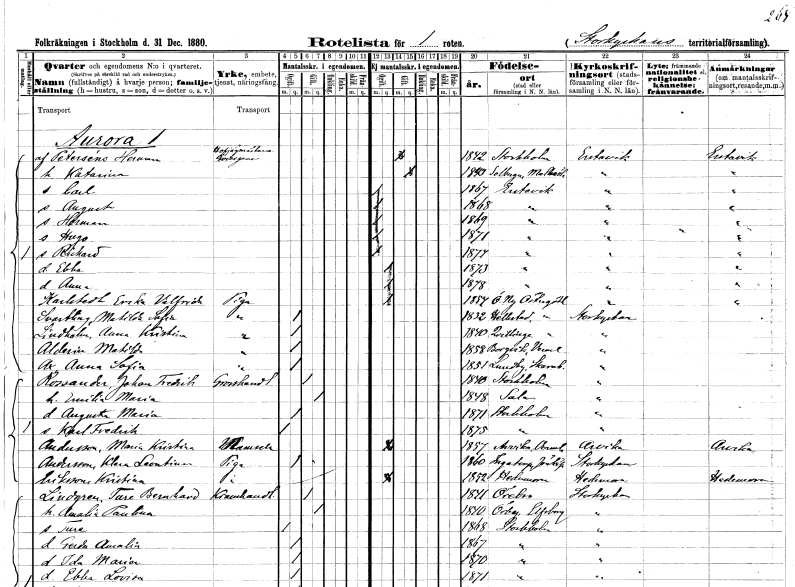
gt_parse: households: individuals: FN: Herman
EN: af Peterséns
YRKE: Hovjägmästare Godsägare
KON: M
CIV: G
FODAR: 1842
FODFORS: Stockholm
FN: Katarina
KON: K
CIV: G
FODAR: 1840
FODFORS: Solberga Malmöhus län
FN: Carl
KON: M
CIV: O
FODAR: 1867
FODFORS: Erstavik Stockholms län
FN: August
KON: M
CIV: O
FODAR: 1868
FODFORS: Erstavik Stockholms län
FN: Herman
KON: M
CIV: O
FODAR: 1869
FODFORS: Erstavik Stockholms län
FN: Hugo
KON: M
CIV: O
FODAR: 1871
FODFORS: Erstavik Stockholms län
FN: Rickard
KON: M
CIV: O
FODAR: 1877
FODFORS: Erstavik Stockholms län
FN: Ebba
KON: K
CIV: O
FODAR: 1873
FODFORS: Erstavik Stockholms län
FN: Anna
KON: K
CIV: O
FODAR: 1878
FODFORS: Erstavik Stockholms län
FN: Erika Valfrida
EN: Karlstedt
YRKE: Piga
KON: K
CIV: O
FODAR: 1854
FODFORS: Östra Ny Östergötlands län
FN: Matilda Sofia
EN: Svartling
YRKE: Piga
KON: K
CIV: O
FODAR: 1832
FODFORS: Hällestad Östergötlands län
FN: Anna Kristina
EN: Lindholm
YRKE: Piga
KON: K
CIV: O
FODAR: 1840
FODFORS: Kvillinge Östergötlands län
FN: Matilda
EN: Alderin
YRKE: Piga
KON: K
CIV: O
FODAR: 1858
FODFORS: Borgvik Värmlands län
FN: Anna Sofia
EN: Ax
YRKE: Piga
KON: K
CIV: O
FODAR: 1851
FODFORS: Lundby Skaraborgs län
FN: Johan Fredrik
EN: Rossander
YRKE: Grosshandlare
KON: M
CIV: G
FODAR: 1840
FODFORS: Stockholm
FN: Emilia Maria
KON: K
CIV: G
FODAR: 1848
FODFORS: Sala Västmanlands län
FN: Augusta Maria
KON: K
CIV: O
FODAR: 1871
FODFORS: Stockholm
FN: Karl Fredrik
KON: M
CIV: O
FODAR: 1875
FODFORS: Stockholm
FN: Maria Kristina
EN: Andersson
KON: K
CIV: O
FODAR: 1857
FODFORS: Arvika Värmlands län
FN: Klara Leontina
EN: Andersson
YRKE: Piga
KON: K
CIV: O
FODAR: 1860
FODFORS: Ingatorp Jönköpings län
FN: Kristina
EN: Eriksson
YRKE: Piga
KON: K
CIV: O
FODAR: 1852
FODFORS: Hedemora Kopparbergs län
FN: Ture Bernhard
EN: Lindgren
YRKE: Kramhandlare
KON: M
CIV: G
FODAR: 1841
FODFORS: Örebro Örebro län
FN: Amalia Paulina
KON: K
CIV: G
FODAR: 1840
FODFORS: Örby Älvsborgs län